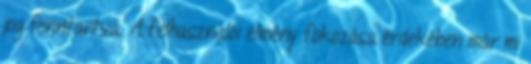
jog fenntartva. A felhasználói élmény fokozása érdekében már mi